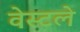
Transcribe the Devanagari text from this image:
वेस्टले